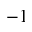
- 1